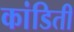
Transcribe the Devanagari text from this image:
कांडिती